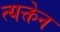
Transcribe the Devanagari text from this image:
त्यक्तेन